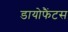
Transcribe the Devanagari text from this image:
डायोफैंटस